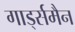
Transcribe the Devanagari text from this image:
गार्ड्समैन